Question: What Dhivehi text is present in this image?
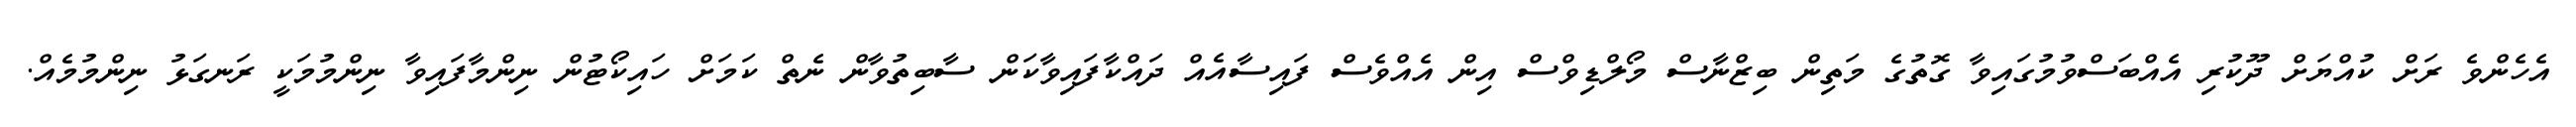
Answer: އެހެންވެ ރަށް ކުއްޔަށް ދޫކުރި އެއްބަސްވުމުގައިވާ ގޮތުގެ މަތިން ބިޒްނާސް މޯލްޑިވްސް އިން އެއްވެސް ފައިސާއެއް ދައްކާފައިވާކަން ސާބިތުވާން ނެތް ކަމަށް ހައިކޯޓުން ނިންމާފައިވާ ނިންމުމަކީ ރަނގަޅު ނިންމުމެއް.